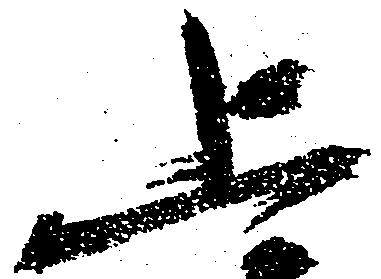
上